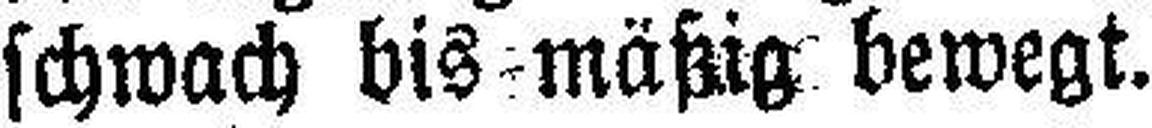
schwach bis mäßig bewegt.